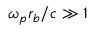
\omega _ { p } r _ { b } / c \gg 1